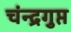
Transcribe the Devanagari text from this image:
चंन्द्रगुप्त